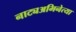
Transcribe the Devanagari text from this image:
नाट्यअभिनेत्या